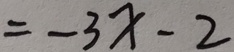
= - 3 x - 2